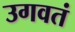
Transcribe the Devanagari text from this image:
उगवतं